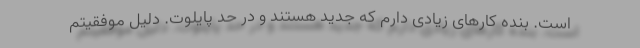
است. بنده کارهای زیادی دارم که جدید هستند و در حد پایلوت. دلیل موفقیتم